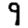
Digit: 9